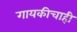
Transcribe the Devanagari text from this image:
गायकीचाही